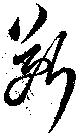
断